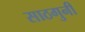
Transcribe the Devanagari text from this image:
साठगुनी